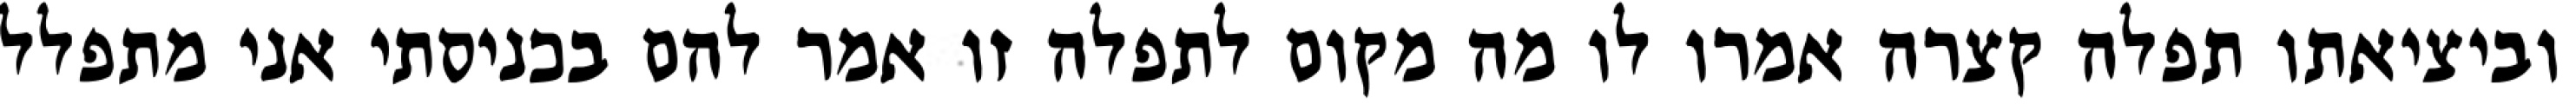
וביציאתו תפלה קצרה אמרו לו מה מקום לתפלה זו אמר להם בכניסתי אני מתפלל